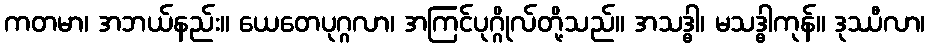
ကတမာ၊ အဘယ်နည်း။ ယေတေပုဂ္ဂလာ၊ အကြင်ပုဂ္ဂိုလ်တို့သည်။ အသဒ္ဓါ၊ မသဒ္ဓါကုန်။ ဒုဿီလာ၊